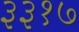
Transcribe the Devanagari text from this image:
३३१७